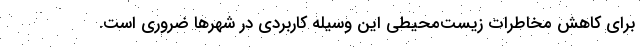
برای کاهش مخاطرات زیست‌محیطی این وسیله کاربردی در شهرها ضروری است.